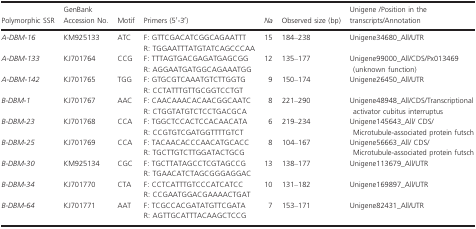
<table><thead><tr><td><b>Polymorphic SSR</b></td><td><b>GenBank Accession No.</b></td><td><b>Motif</b></td><td><b>Primers (5′‐3′)</b></td><td><b><i>Na</i></b></td><td><b>Observed size (bp)</b></td><td><b>Unigene /Position in the transcripts/Annotation</b></td></tr></thead><tbody><tr><td><i>A‐DBM‐16</i></td><td>KM925133</td><td>ATC</td><td>F: GTTCGACATCGGCAGAATTTR: TGGAATTTATGTATCAGCCCAA</td><td>15</td><td>184–238</td><td>Unigene34680_All/UTR</td></tr><tr><td><i>A‐DBM‐133</i></td><td>KJ701764</td><td>CCG</td><td>F: TTTAGTGACGAGATGAGCGGR: AGGAATGATGGCAGAAATGG</td><td>12</td><td>135–177</td><td>Unigene99000_All/CDS/Px013469 (unknown function)</td></tr><tr><td><i>A‐DBM‐142</i></td><td>KJ701765</td><td>TGG</td><td>F: GTGCGTCAAATGTCTTGGTGR: CCTATTTGTTGCGGTCCTGT</td><td>9</td><td>150–174</td><td>Unigene26450_All/UTR</td></tr><tr><td><i>B‐DBM‐1</i></td><td>KJ701767</td><td>AAC</td><td>F: CAACAAACACAACGGCAATCR: CTGGTATGTCTCCTGACGCA</td><td>8</td><td>221–290</td><td>Unigene48948_All/CDS/Transcriptional activator cubitus interruptus</td></tr><tr><td><i>B‐DBM‐23</i></td><td>KJ701768</td><td>CCA</td><td>F: TGGCTCCACTCCACAACATAR: CCGTGTCGATGGTTTTGTCT</td><td>6</td><td>219–234</td><td>Unigene145643_All/ CDS/Microtubule‐associated protein futsch</td></tr><tr><td><i>B‐DBM‐25</i></td><td>KJ701769</td><td>CCA</td><td>F: TACAACACCCAACATGCACCR: TGCTTGTCTTGGATACTGCG</td><td>8</td><td>104–167</td><td>Unigene56663_All/ CDS/Microtubule‐associated protein futsch</td></tr><tr><td><i>B‐DBM‐30</i></td><td>KM925134</td><td>CGC</td><td>F: TGCTTATAGCCTCGTAGCCGR: TGAACATCTAGCGGGAGGAC</td><td>13</td><td>138–177</td><td>Unigene113679_All/UTR</td></tr><tr><td><i>B‐DBM‐34</i></td><td>KJ701770</td><td>CTA</td><td>F: CCTCATTTGTCCCATCATCCR: CCGAATGGACGAAAACTGAT</td><td>10</td><td>131–182</td><td>Unigene169897_All/UTR</td></tr><tr><td><i>B‐DBM‐64</i></td><td>KJ701771</td><td>AAT</td><td>F: TCGCCACGATATGTTCGATAR: AGTTGCATTTACAAGCTCCG</td><td>7</td><td>153–171</td><td>Unigene82431_All/UTR</td></tr></tbody></table>